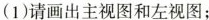
(1)请画出主视图和左视图；